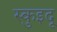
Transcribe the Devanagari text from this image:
स्कुइदू